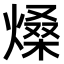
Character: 𤌧